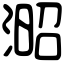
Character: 𣸬